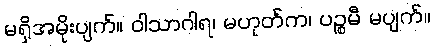
မရှိအမိုးပျက်။ ဝါသာဂါရ၊ မဟုတ်က၊ ပဉ္စမီ မပျက်။